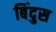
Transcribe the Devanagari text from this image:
बिंदुस